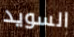
السويد